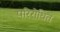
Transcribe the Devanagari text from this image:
परिरोधित